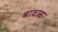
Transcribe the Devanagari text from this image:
बांधास